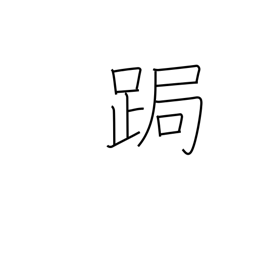
Meaning: stoop